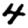
Digit: 4